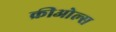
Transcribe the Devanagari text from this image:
क्रीओल्स